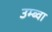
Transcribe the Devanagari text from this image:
उम्ब्वा